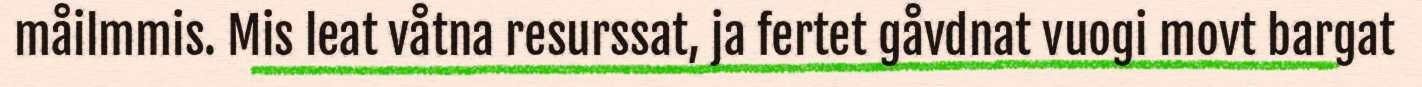
måilmmis. Mis leat våtna resurssat, ja fertet gåvdnat vuogi movt bargat